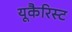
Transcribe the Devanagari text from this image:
यूकैरिस्ट